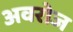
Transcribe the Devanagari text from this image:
अवरोज